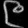
Digit: ၉